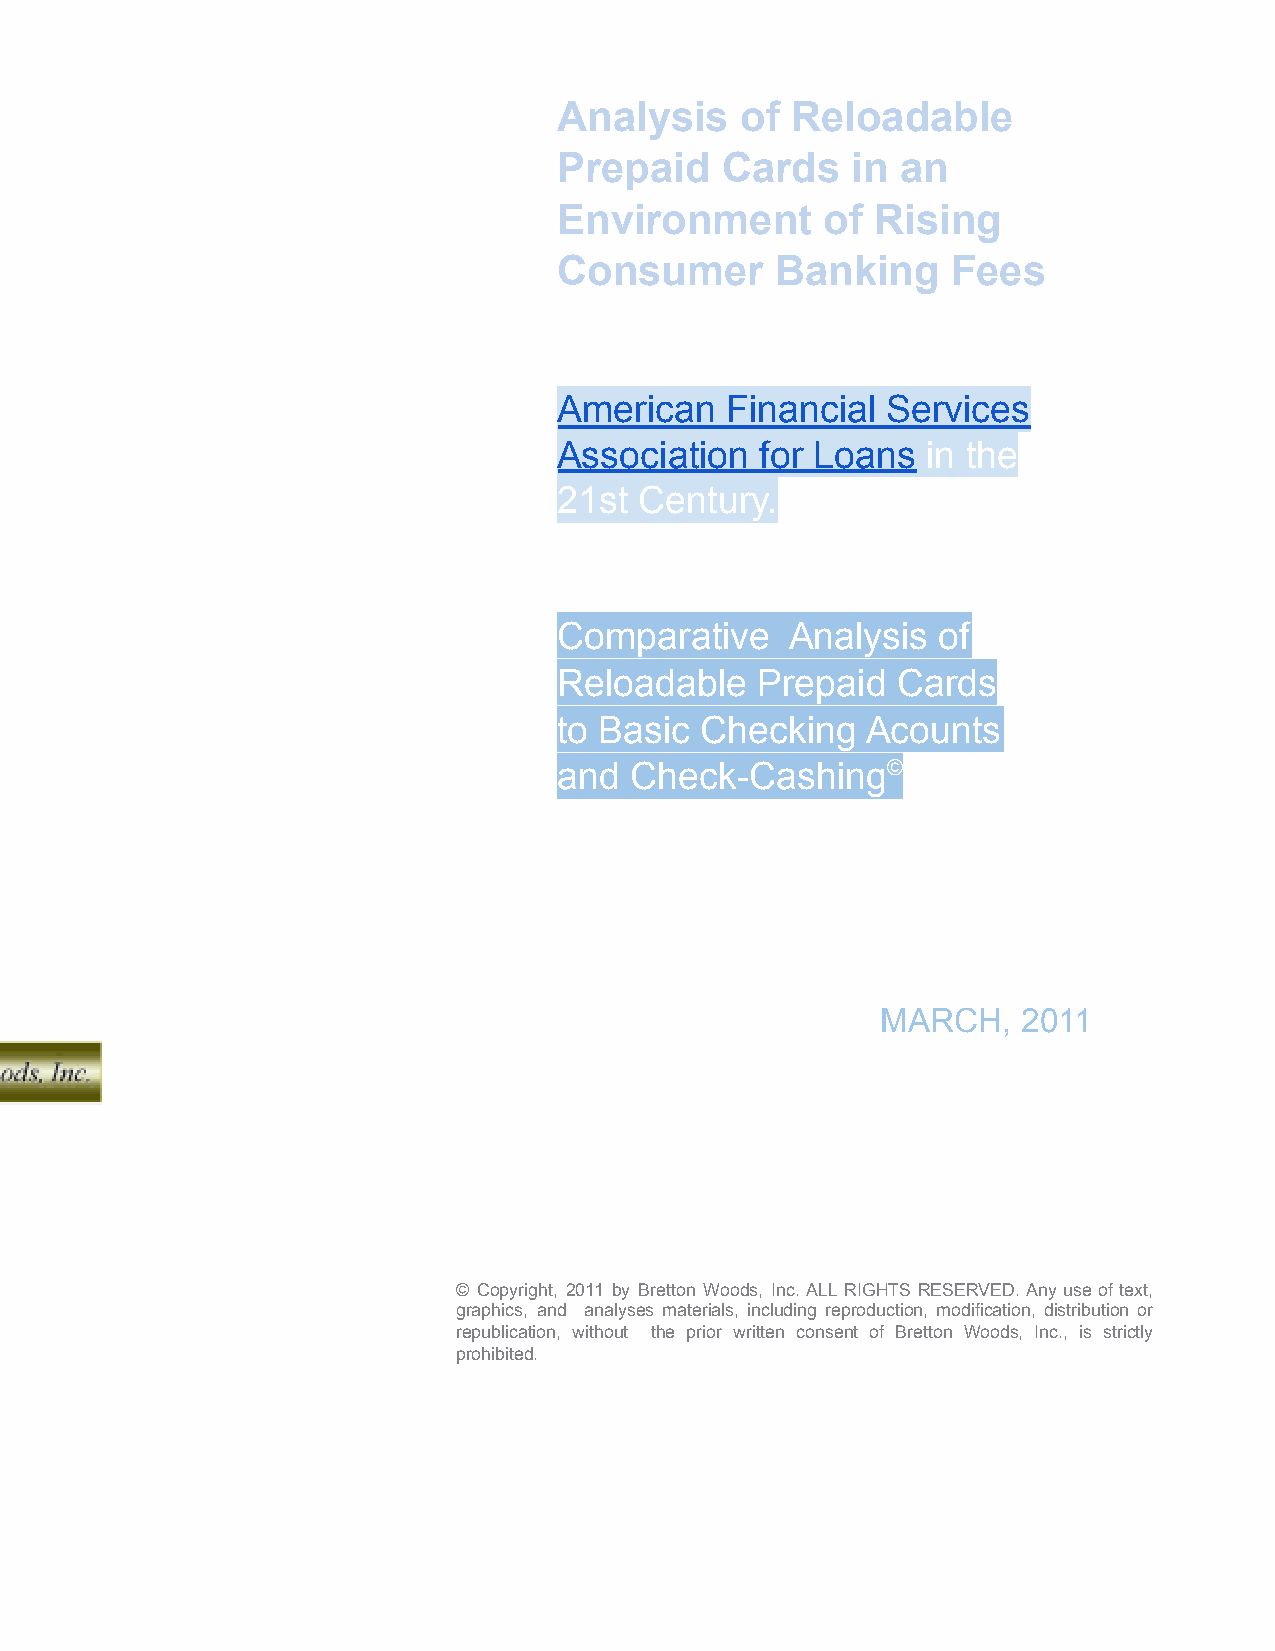
Analysis    of Reloadable
 Prepaid    Cards   in  an
 Environment       of Rising
 Consumer      Banking     Fees
 American   Financial  Services
 Association  for Loans  in the
 21st Century.
 Comparative    Analysis  of
 Reloadable   Prepaid  Cards
 to Basic Checking   Acounts
 and  Check-Cashing©
 MARCH,    2011
 © Copyright, 2011 by Bretton Woods, Inc. ALL RIGHTS RESERVED. Any use of text,
 graphics, and analyses materials, including reproduction, modification, distribution or
 republication, without the prior written consent of Bretton Woods, Inc., is strictly
 prohibited.
 RELOADABLE PREPAID CARD
 ANALYSISMARCH, 2011
 BRETTON WOODS, INC.